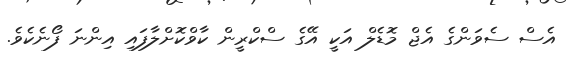
އެސް ސެވަންގެ އެޖް މޮޑެލް އަކީ އޭގެ ސްކްރީން ކާވްކޮށްލާފައި އިންނަ ފޯނެކެވެ.